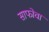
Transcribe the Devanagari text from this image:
साफोचा